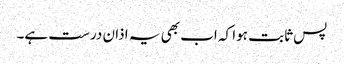
پس ثابت ہوا کہ اب بھی یہ اذان درست ہے۔